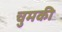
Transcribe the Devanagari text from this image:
चुमकी